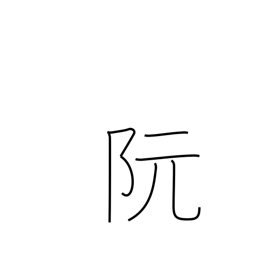
Meaning: place name